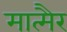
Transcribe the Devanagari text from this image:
मात्मैर